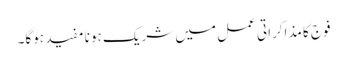
فوج کا مذاکراتی عمل میں شریک ہونا مفید ہوگا۔